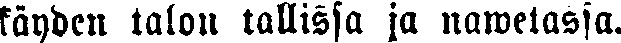
käyden talon tallissa ja nawetassa.